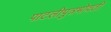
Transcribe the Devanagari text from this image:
पाटलीपुत्रभोवती